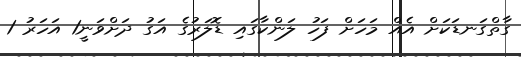
ގާތްގަނޑަކަށް އެއް މަހަށް ފަހު ލަންކާގައި ޑޮލަރުގެ އަގު ދަށްވަނީ1 އަހަރު 1